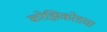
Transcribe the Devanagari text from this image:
कोझिकोडचा